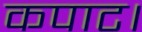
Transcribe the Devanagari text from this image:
कपाट।